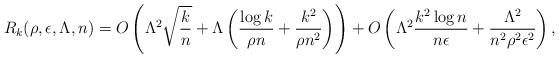
LaTeX: \begin{align*}&R_k(\rho,\epsilon,\Lambda,n) = O\left(\Lambda^2 \sqrt{\frac{k}{n}}+\Lambda \left(\frac{\log k}{ \rho n}+\frac{k^2}{\rho n^2}\right) \right)+ O \left(\Lambda^2 \frac{k^2\log n}{n \epsilon}+ \frac{\Lambda^2}{n^2 \rho^2 \epsilon^2}\right),\end{align*}